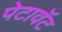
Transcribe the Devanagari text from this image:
पेटावॅट